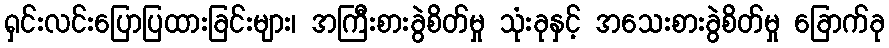
ရှင်းလင်းပြောပြထားခြင်းများ၊ အကြီးစားခွဲစိတ်မှု သုံးခုနှင့် အသေးစားခွဲစိတ်မှု ခြောက်ခု